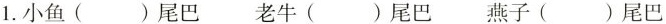
1.小鱼（）尾巴老牛（）尾巴燕子（）尾巴 燕子（）尾巴